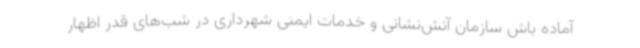
آماده باش سازمان آتش‌نشانی و خدمات ایمنی شهرداری در شب‌های قدر اظهار